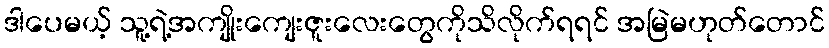
ဒါပေမယ့် သူ့ရဲ့အကျိုးကျေးဇူးလေးတွေကိုသိလိုက်ရရင် အမြဲမဟုတ်တောင်